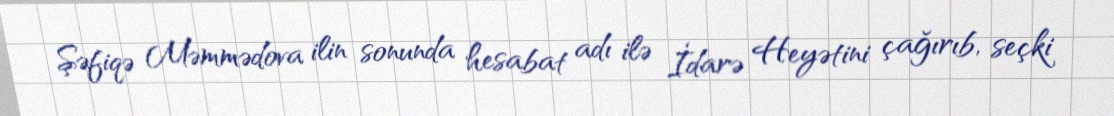
Şəfiqə Məmmədova ilin sonunda hesabat adı ilə İdarə Heyətini çağırıb, seçki